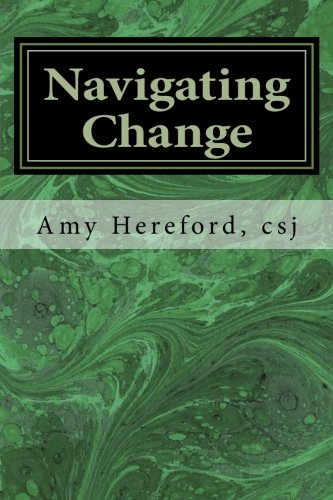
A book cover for Navigating Change: The Role of Law in the Life-cycle of a Religious Institute; Amy Hereford CSJ; Christian Books & Bibles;